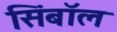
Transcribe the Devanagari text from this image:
सिंबॉल